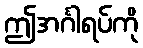
ဤအင်္ဂါရပ်ကို